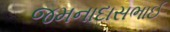
જમનાદાસભાઈ